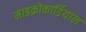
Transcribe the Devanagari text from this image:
माइक्रोकार्डियाल